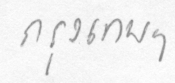
กรุงเทพฯ